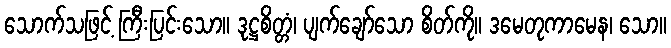
သောက်သဖြင့် ကြီးပြင်းသော။ ဒုဋ္ဌစိတ္တံ၊ ပျက်ချော်သော စိတ်ကို။ ဒမေတုကာမေန၊ သော။